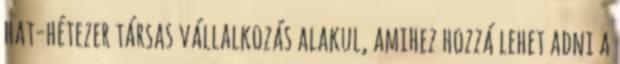
hat-hétezer társas vállalkozás alakul, amihez hozzá lehet adni a